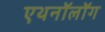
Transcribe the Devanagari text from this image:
एथनॉलॉग